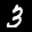
Label: 3